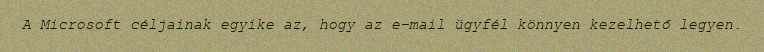
A Microsoft céljainak egyike az, hogy az e-mail ügyfél könnyen kezelhető legyen.